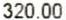
320.00